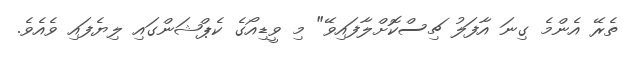
ތެރޭ އެންމެ ގިނަ އާފަލު ޗިސްކޮށްލާފައިވޭ" މި ވީޑިއޯގެ ކެޕްޝަންގައި ލިޔެފައި ވެއެވެ.